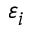
\varepsilon _ { i }